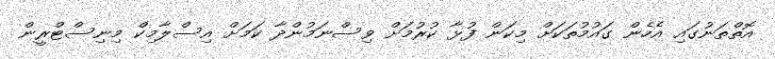
އޮތްތަނުގައި އެހެން ގައުމުތަކަށް މިކަން ފުޅާ ކުރުމަށް ވިސްނަމުންދާ ކަމަށް އިސްލާމިކް މިނިސްޓްރީން